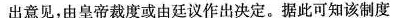
出意见，由皇帝裁度或由廷议作出决定。据此可知该制度